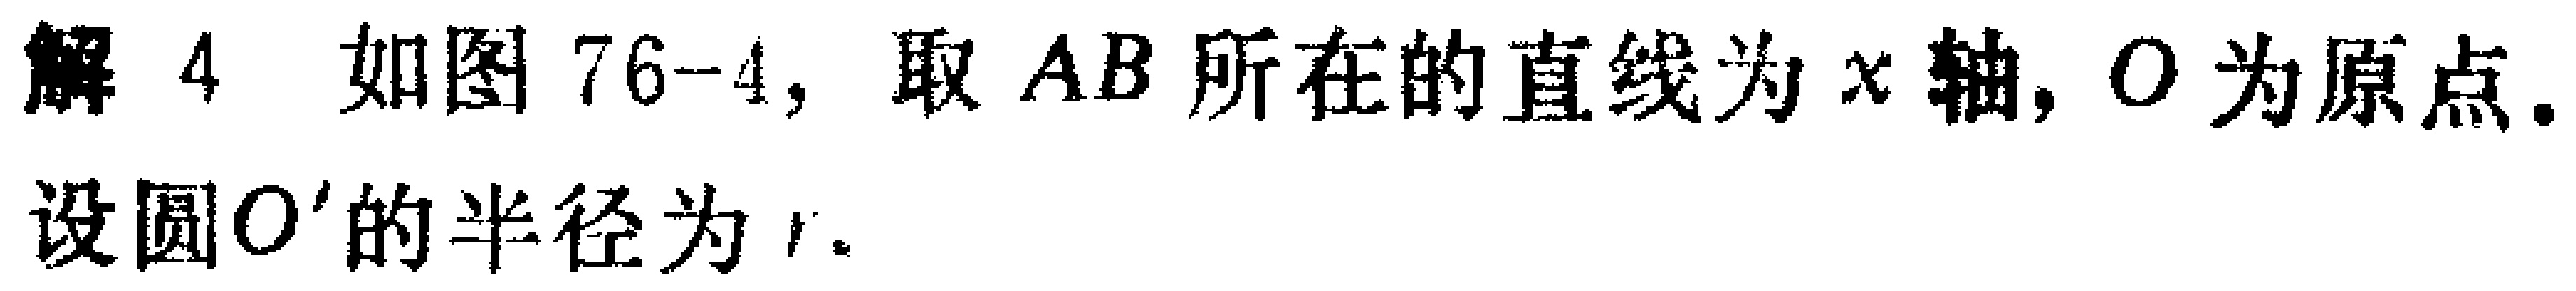
解4，如图76-4，取\(AB\)所在的直线为\(x\)轴，\(O\)为原点。
设圆\(O'\)的半径为\(r\)。